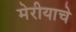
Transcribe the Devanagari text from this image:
मेरीयाचे